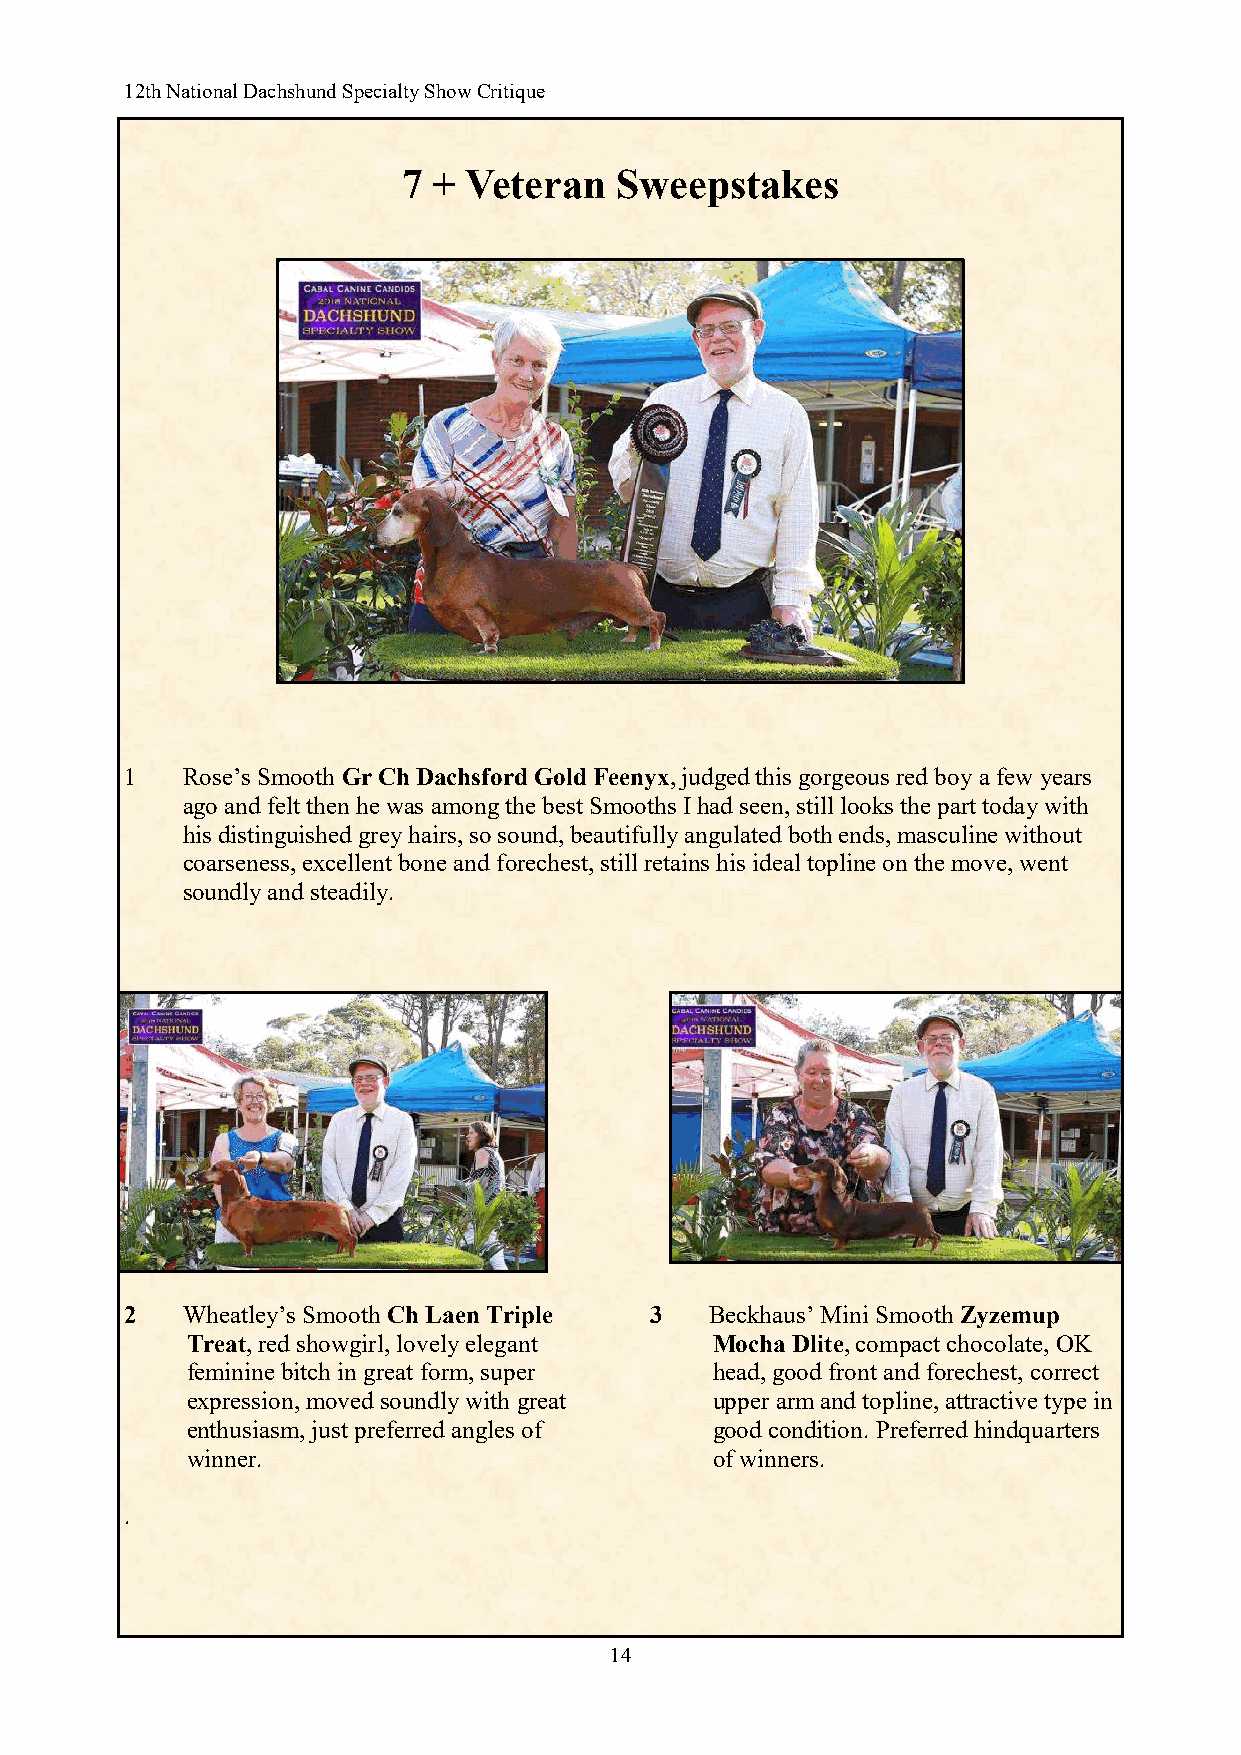
12th National Dachshund Specialty Show Critique
 7 + Veteran   Sweepstakes
 1   Rose’s Smooth Gr Ch Dachsford Gold Feenyx, judged this gorgeous red boy a few years
 ago and felt then he was among the best Smooths I had seen, still looks the part today with
 his distinguished grey hairs, so sound, beautifully angulated both ends, masculine without
 coarseness, excellent bone and forechest, still retains his ideal topline on the move, went
 soundly and steadily.
 2   Wheatley’s Smooth Ch Laen Triple 3 Beckhaus’ Mini Smooth Zyzemup
 Treat, red showgirl, lovely elegant Mocha Dlite, compact chocolate, OK
 feminine bitch in great form, super head, good front and forechest, correct
 expression, moved soundly with great upper arm and topline, attractive type in
 enthusiasm, just preferred angles of good condition. Preferred hindquarters
 winner.                            of winners.
 .
 14